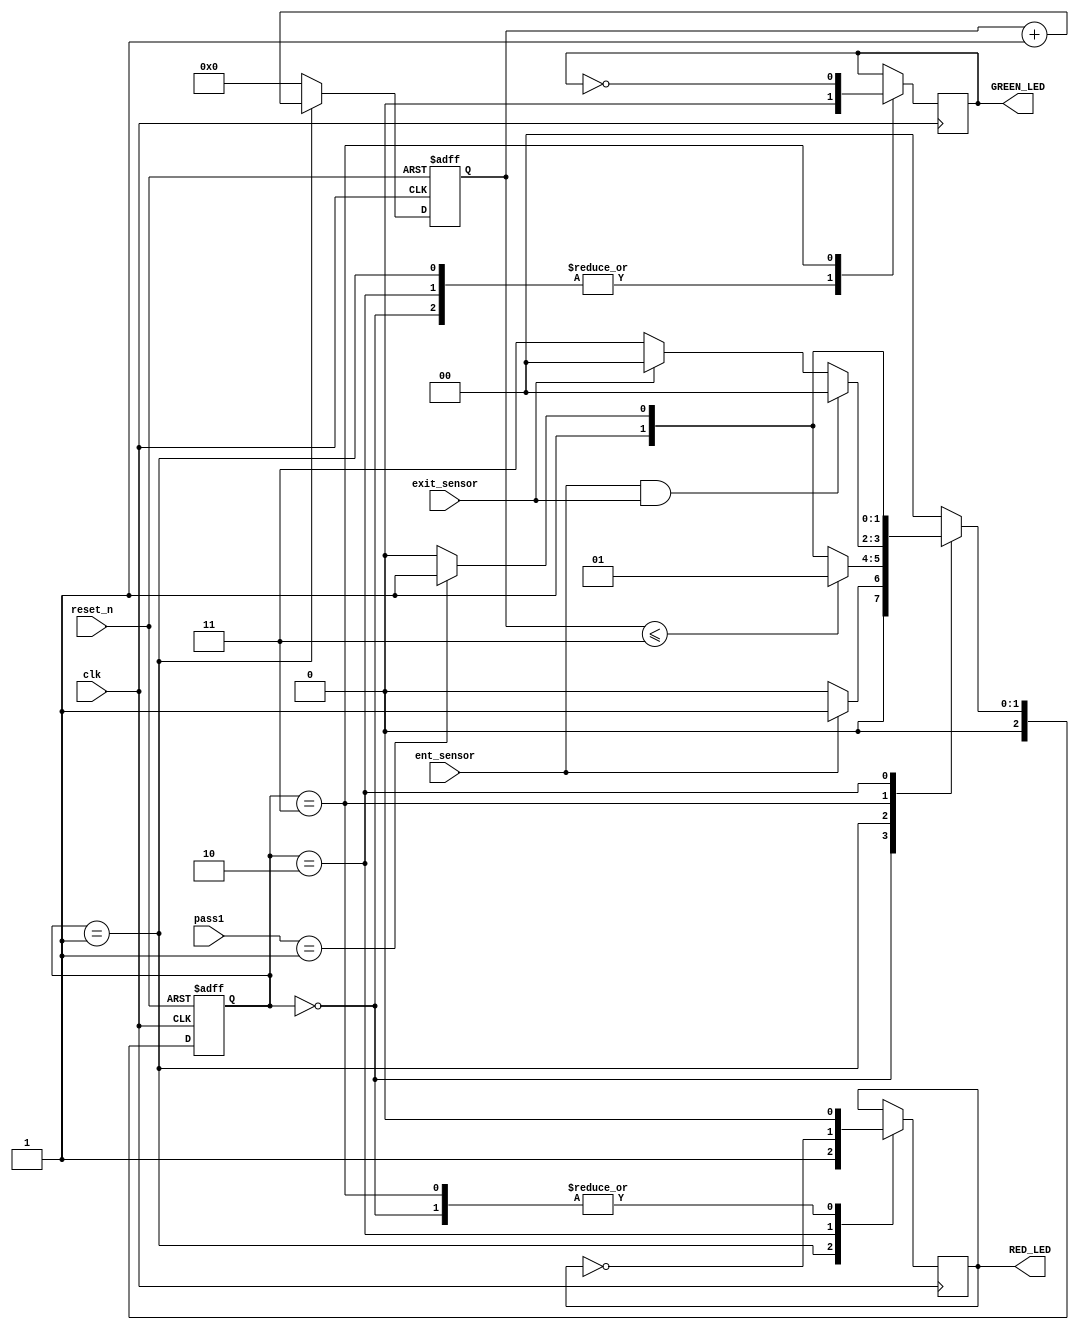
`timescale 1ns / 1ps
//////////////////////////////////////////////////////////////////////////////////
// Company: 
// Engineer: 
// 
// Design Name: 
// Module Name:    car 
// Project Name: 
// Target Devices: 
// Tool versions: 
// Description: 
//
// Dependencies: 
//
// Revision: 
// Revision 0.01 - File Created
// Additional Comments: 
//
//////////////////////////////////////////////////////////////////////////////////
module car(clk,reset_n,ent_sensor,exit_sensor,pass1,GREEN_LED,RED_LED);
input clk,reset_n,ent_sensor,exit_sensor;
input [1:0] pass1;
output wire GREEN_LED,RED_LED;

parameter idle = 3'b000, wait_pass = 3'b001, wrong_pass = 3'b010, right_pass = 3'b011;
reg[2:0] current_state, next_state;
reg[31:0] counter_wait;
reg red_tmp,green_tmp;



always @(posedge clk or negedge reset_n)
begin
if(~reset_n)
current_state = idle;
else
current_state = next_state;
end


always @(posedge clk or negedge reset_n)
begin
if(~reset_n)
counter_wait <= 0;
else if(current_state==wait_pass)
counter_wait <= counter_wait + 1;
else
counter_wait <= 0; 
end


always @(*)
begin
case(current_state)

idle: begin
if(ent_sensor == 1)
next_state = wait_pass;
else
next_state = idle;
end

wait_pass: begin
if(counter_wait <= 3)
next_state = wait_pass;
else
begin
if(pass1==2'b01)
next_state = right_pass;
else
next_state = wrong_pass;
end
end

right_pass: begin
if(ent_sensor==1 && exit_sensor == 1)
next_state = idle;
else if(exit_sensor== 1)
next_state = idle;
else
next_state = right_pass; 
end


wrong_pass: begin
if(pass1==2'b01)
next_state = right_pass;
else
next_state = wrong_pass;
end





default: next_state = idle;
endcase
end

always @(posedge clk) begin 
 case(current_state)
 idle: begin
 green_tmp = 1'b0;
 red_tmp = 1'b0;
 
 end
 
 wait_pass: begin
 green_tmp = 1'b0;
 red_tmp = 1'b1;
 
 end
 
 wrong_pass: begin
 green_tmp = 1'b0;
 red_tmp = ~red_tmp;
 
 end
 
 right_pass: begin
 green_tmp = ~green_tmp;
 red_tmp = 1'b0;
 
 end
 
 
 endcase
 end
 assign RED_LED = red_tmp  ;
 assign GREEN_LED = green_tmp;




endmodule